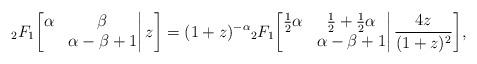
LaTeX: \begin{align*}{}_2F_1\bigg[\begin{matrix}\alpha&\beta\\&\alpha-\beta+1\end{matrix}\bigg|\,z\bigg]=(1+z)^{-\alpha}{}_2F_1\bigg[\begin{matrix}\frac12\alpha&\frac12+\frac12\alpha\\&\alpha-\beta+1\end{matrix}\bigg|\,\frac{4z}{(1+z)^2}\bigg],\end{align*}